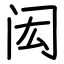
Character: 闳